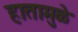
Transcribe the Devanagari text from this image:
हातामुळे